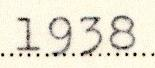
1938